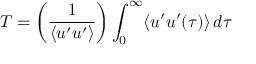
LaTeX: T = \left( { \frac { 1 } { \langle u ^ { \prime } u ^ { \prime } \rangle } } \right) \int _ { 0 } ^ { \infty } \langle u ^ { \prime } u ^ { \prime } ( \tau ) \rangle \, d \tau